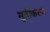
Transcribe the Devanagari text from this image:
सूतीकरण